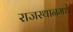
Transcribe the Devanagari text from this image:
राजस्थानमधे